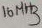
Text: 16MHz